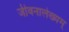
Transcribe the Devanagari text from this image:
जीवनालेख्यम्